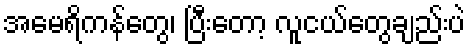
အမေရိကန်တွေ၊ ပြီးတော့ လူငယ်တွေချည်းပဲ